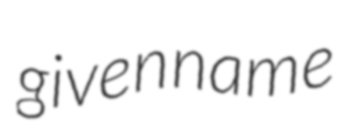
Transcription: given name